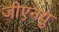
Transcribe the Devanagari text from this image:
जीएनयु